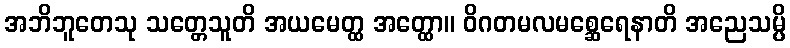
အဘိဘူတေသု သတ္တေသူတိ အယမေတ္ထ အတ္ထော။ ဝိဂတမလမစ္ဆေရေနာတိ အညေသမ္ပိ